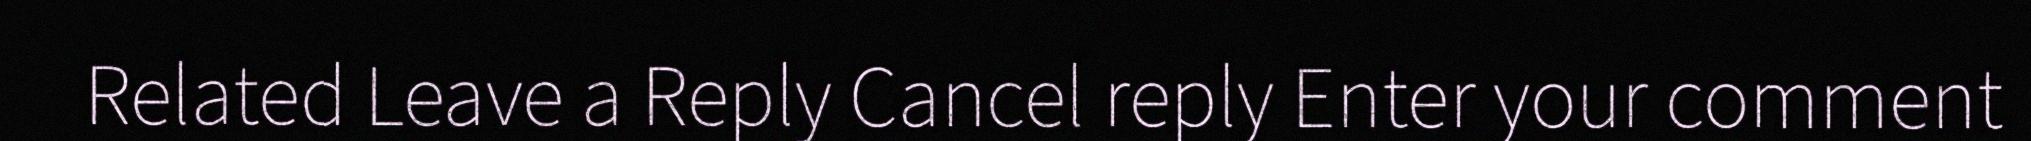
Related Leave a Reply Cancel reply Enter your comment